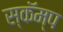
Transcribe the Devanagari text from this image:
स्कॅम्प